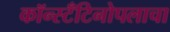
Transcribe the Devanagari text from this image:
कॉन्स्टँटिनोपलाचा